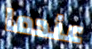
عندما